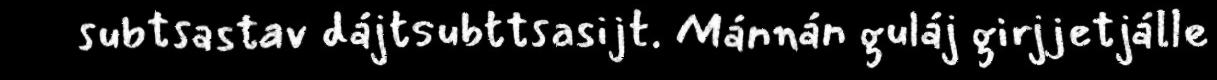
subtsastav dájtsubttsasijt. Mánnán guláj girjjetjálle